Annual report of lunatic asylums [Bombay] - 1912-1922
Year: 1912
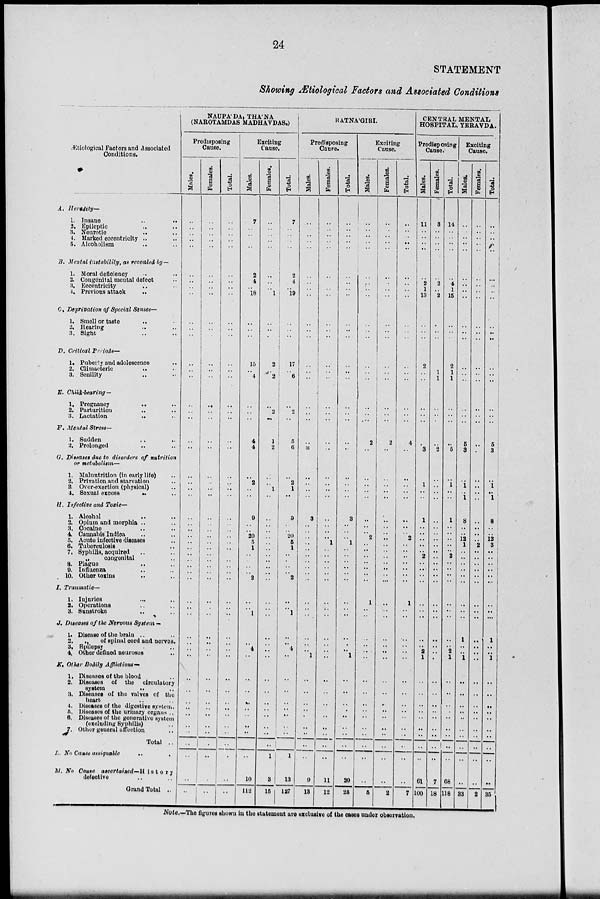
24
STATEMENT
Showing Ætiological Factors and Associated Conditions
Ætiological Factors and Associated
Conditions.
A. Heredity—
1. Insane
..
..
2, Epileptic .. ..
3. Neurotic .. ..
4. Marked eccentricity .. ..
5. Alcoholism .. ..
B. Mental instability, as revealed by—
1. Moral deficiency .. ..
2. Congenital mental defect ..
3. Eccentricity
..
..
4. Previous attack .. ..
C. Deprivation of Special Senses-
1. Smell or taste .. ..
2. Hearing .. ..
3. Sight .. ..
D. Critical Periods—
1. Puberty and adolescence ..
2. Climacteric
..
..
3. Senility .. ..
E. Child-bearing —
1. Pregnancy
..
..
2. Parturition .. ..
3. Lactation .. ..
F. Mental Stress—
1. Sudden .. ..
2. Prolonged .. ..
G. Diseases due to disorders of nutrition
or metabolism—
1. Malnutrition (in early life) ..
2. Privation and starvation ..
3. Over-exertion (physical) ..
1. Sexual excess
..
..
H. Infective and Toxic—
1. Alcohol .. ..
2. Opium and morphia .. ..
3. Cocaine .. ..
4. Cannabis
Indica
..
..
5. Acute infective diseases ..
6. Tuberculosis ..
7. Syphilis, acquired .. ..
„
congenital ..
8. Plague .. ..
9. Influenza .. ..
10. Other toxins
..
..
I. Traumatic—
1. Injuries .. ..
2. Operations .. ..
3. Sunstroke .. ..
J. Diseases of the Nervous System -
1. Disease of the brain
..
..
2. „ of spinal cord and nerves.
3.
Epilepsy
..
4. Other defined neuroses ..
K. Other Bodily Afflictions—
1. Diseases of the blood ..
2. Diseases of the circulatory
system
..
..
3. Diseases of the valves of the
heart .. ..
4. Diseases of the digestive system ..
5. Diseases of the urinary organs ..
6. Diseases of the generative system
(excluding Syphilis) ..
7. Other general affection ..
Total ..
L. No Cause assignable .. ..
M. No Cause
ascertained—History
defective .. ..
Grand Total ..
NAUPA'DA, THA'NA
(NAROTAMDAS MADHAVDAS.)
Predisposing
Cause.
Males.
..
..
.. ..
..
..
..
..
..
..
..
..
..
..
..
..
..
..
..
..
..
..
..
..
..
..
..
..
..
..
..
..
..
..
..
..
..
..
..
..
..
..
..
..
..
..
..
..
..
..
..
..
..
Females.
..
..
..
..
..
..
..
..
..
..
..
..
..
..
..
..
..
..
..
..
..
..
..
..
..
..
..
..
..
..
..
..
..
..
..
..
..
..
..
..
..
..
..
..
..
..
..
..
..
..
..
..
..
Total.
..
..
..
..
..
..
..
..
..
..
..
..
..
..
..
..
..
..
..
..
..
..
..
..
..
..
..
..
..
..
..
..
..
..
..
..
..
..
..
..
..
..
..
..
..
..
..
..
..
..
..
..
..
Exciting
Cause.
Males.
7
..
..
..
..
2
4
..
18
..
..
..
15
..
4
..
..
..
4
4
..
2
..
..
9
..
..
20
5
1
..
..
..
..
2
..
..
1
..
..
4
..
..
..
..
..
..
..
..
..
..
10
112
Females.
...
..
.. ..
..
..
..
..
1
..
..
..
2
..
2
..
2
..
1
2
..
..
1
..
..
..
..
..
..
..
..
..
..
..
..
..
..
..
..
..
..
..
..
..
..
..
..
..
..
..
1
3
15
Total.
7
..
..
..
..
2
4
..
19
..
..
..
17
..
6
..
2
..
5
6
..
2
1
..
9
..
..
20
5
1
..
..
..
..
2
..
..
1
..
.. 4
..
..
..
..
..
..
..
..
1
13
127
RATNA'GIRI.
Predisposing
Cause.
Males.
..
..
..
..
...
..
..
..
..
..
..
..
..
..
..
..
..
..
..
=
..
..
..
..
3
..
..
..
..
..
..
..
..
..
..
..
..
..
..
..
.. ..
..
..
..
..
..
..
..
..
..
9
13
Females.
..
..
..
..
..
..
..
..
..
..
..
..
..
..
..
..
..
..
..
..
..
..
..
..
..
..
..
..
1
..
..
..
..
..
..
..
..
..
..
..
..
..
..
..
..
..
..
..
..
..
..
11
12
Total.
..
..
..
..
..
..
..
..
..
..
..
..
..
..
..
..
..
..
..
..
..
..
..
..
3
..
..
..
1
..
..
..
..
..
..
..
..
..
..
..
.. ..
..
..
..
..
..
..
..
..
..
20
25
Exciting
Cause.
Males.
..
..
..
..
..
..
..
..
..
..
..
..
..
..
..
..
..
..
2
..
..
..
..
..
..
..
..
2
..
..
..
..
..
..
..
1
..
..
..
..
..
..
..
..
..
..
..
..
..
..
..
..
5
Females.
..
..
..
..
..
..
..
..
..
..
..
..
..
..
..
..
..
..
2
..
..
..
..
..
..
..
..
..
..
..
..
..
..
..
..
..
..
..
..
..
..
..
..
..
..
..
..
..
..
..
..
..
2
Total.
..
..
..
..
..
..
..
..
..
..
..
..
..
..
..
..
..
..
4
..
..
..
..
..
..
..
..
2
..
..
..
..
..
..
..
1
..
..
..
..
..
..
..
..
..
..
..
..
..
..
..
..
7
CENTRAL MENTAL
HOSPITAL, YERAVDA.
Predisposing
Cause.
Males.
11
..
..
..
..
..
2
1
13
..
..
..
2
..
..
..
..
..
..
3
..
1
..
..
1
..
..
..
..
..
2
..
..
..
..
..
..
..
..
..
2
1
..
..
..
..
..
..
..
..
..
61
100
Females.
3
..
..
..
..
..
2
..
2
..
..
..
..
1
1
..
..
..
..
2
..
..
..
..
..
..
..
..
..
..
..
..
..
..
..
..
..
..
..
..
..
..
..
..
..
..
..
..
..
..
..
7
18
Total.
14
..
..
..
..
..
4
1
15
..
..
..
2
1
1
..
..
..
..
5
..
1
..
..
1
..
..
..
..
..
2
..
..
..
..
..
..
..
..
..
2 1
..
..
..
..
..
..
..
..
..
68
118
Exciting
Cause.
Males.
..
..
..
..
..
..
..
..
..
..
..
..
..
..
..
..
..
..
5
3
..
1
..
1
8
..
..
12
1
..
..
..
..
..
..
..
..
..
1
..
.. ..
..
..
..
..
..
..
..
..
..
..
33
Females.
..
..
..
..
..
..
..
..
..
..
..
..
..
..
..
..
..
..
..
..
..
..
..
..
..
..
..
..
2
..
..
..
..
..
..
..
..
..
..
..
..
..
..
..
..
..
..
..
..
..
..
..
2
Total.
..
..
..
.. ..
..
..
..
..
..
..
..
..
..
..
..
..
..
5
3
..
1
..
1
8
..
..
12
3
..
..
..
..
..
..
..
..
..
1
..
..
1
..
..
..
..
..
..
..
..
..
..
35
Note.—The figures shown in the statement are exclusive of the cases under observation.